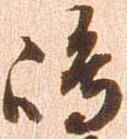
嶋